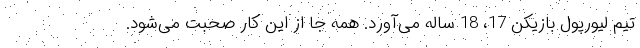
تیم لیورپول بازیکن 17، 18 ساله می‌آورد. همه جا از این کار صحبت می‌شود.